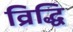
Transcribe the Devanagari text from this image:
व्रिद्धि